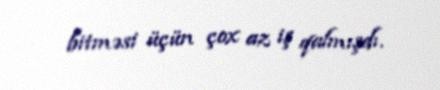
bitməsi üçün çox az iş qalmışdı.